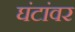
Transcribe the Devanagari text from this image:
घंटांवर